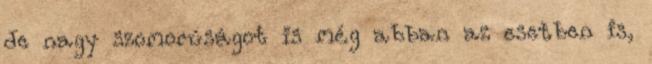
de nagy szomorúságot is még abban az esetben is,